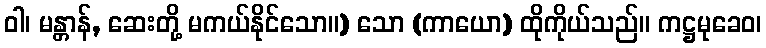
ဝါ၊ မန္တာန်, ဆေးတို့ မကယ်နိုင်သော။) သော (ကာယော) ထိုကိုယ်သည်။ ကဋ္ဌမုခေဝ၊